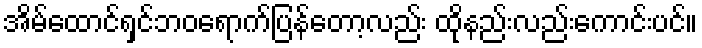
အိမ်ထောင်ရှင်ဘဝရောက်ပြန်တော့လည်း ထိုနည်းလည်းကောင်းပင်။